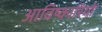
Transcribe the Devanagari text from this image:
आविष्कारियों